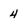
Character: 4